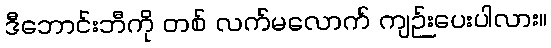
ဒီဘောင်းဘီကို တစ် လက်မလောက် ကျဉ်းပေးပါလား။